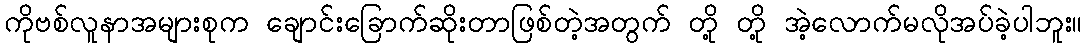
ကိုဗစ်လူနာအများစုက ချောင်းခြောက်ဆိုးတာဖြစ်တဲ့အတွက် တို့ တို့ အဲ့လောက်မလိုအပ်ခဲ့ပါဘူး။